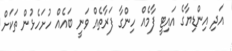
އަދި އިންޑިޔާގެ އައިޓީ ފާމެއް ހިންގާ ފަރާތެއް ވަނީ ބައެއް ހުށަހެޅުން ތަކަށް